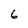
Character: 6